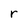
Character: r